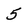
Character: 5